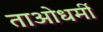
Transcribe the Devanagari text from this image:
ताओधर्मी